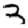
Digit: 3